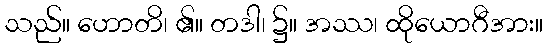
သည်။ ဟောတိ၊ ၏။ တဒါ၊ ၌။ အဿ၊ ထိုယောဂီအား။